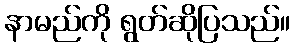
နာမည်ကို ရွတ်ဆိုပြသည်။